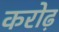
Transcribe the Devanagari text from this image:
करोढ़